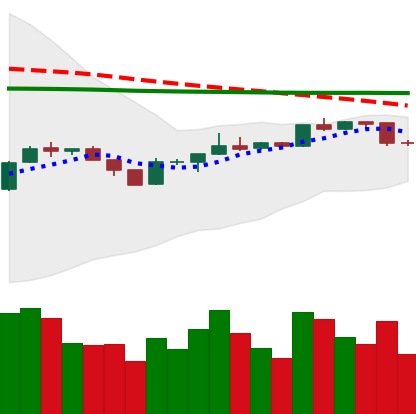
Ticker: BTC-USD
Chart end date: 2020-04-11
Forward return: 3.757%
Label: up_3_5